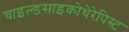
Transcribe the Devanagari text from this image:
चाइल्डसाइकोथेरेपिस्ट